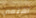
اهتمي